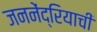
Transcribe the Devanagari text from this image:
जननेंद्रियाची